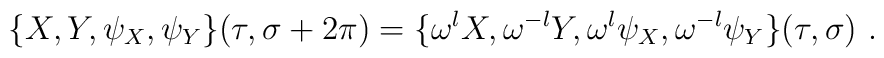
\{X,Y,\psi_X,\psi_Y\}(\tau,\sigma+2\pi)= \{\omega^l X,\omega^{-l} Y,\omega^{l}\psi_X,\omega^{-l}\psi_Y\}(\tau,\sigma)~.